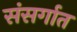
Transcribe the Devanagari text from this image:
संसर्गात